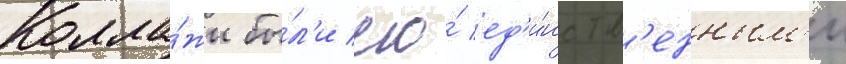
Колла́жи бы́л'и его́ ед'и́нств'енным'и